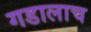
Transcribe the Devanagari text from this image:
गडालाच